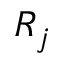
R _ { j }